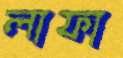
লাফা